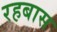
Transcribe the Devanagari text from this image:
रहबास